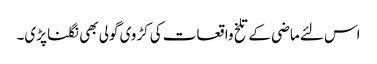
اس لئے ماضی کے تلخ واقعات کی کڑوی گولی بھی نگلنا پڑی۔